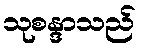
သုစန္ဒာသည်